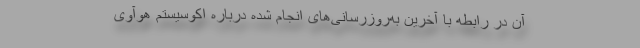
آن در رابطه با آخرین به‌روزرسانی‌های انجام شده درباره اکوسیستم هوآوی